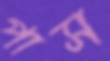
পাস